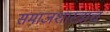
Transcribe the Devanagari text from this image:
समाजशास्त्राचं